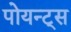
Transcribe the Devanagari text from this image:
पोयन्ट्‌स